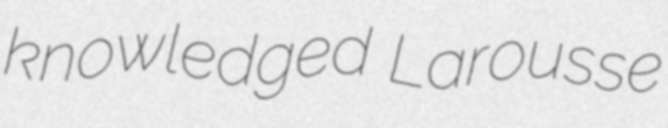
knowledged Larousse